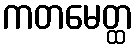
ကတမေတ္ထ